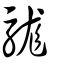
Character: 駹